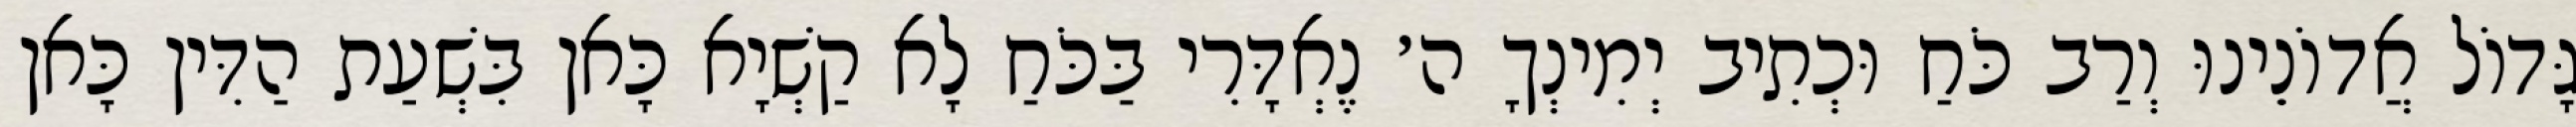
גָּדוֹל אֲדוֹנֵינוּ וְרַב כֹּחַ וּכְתִיב יְמִינְךָ ה׳ נֶאְדָּרִי בַּכֹּחַ לָא קַשְׁיָא כָּאן בִּשְׁעַת הַדִּין כָּאן